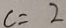
c = 2